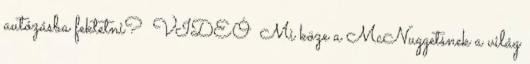
autózásba fektetni? VIDEÓ Mi köze a McNuggetsnek a világ